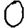
Digit: 0